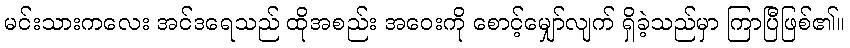
မင်းသားကလေး အင်ဒရေသည် ထိုအစည်း အဝေးကို စောင့်မျှော်လျက် ရှိခဲ့သည်မှာ ကြာပြီဖြစ်၏။